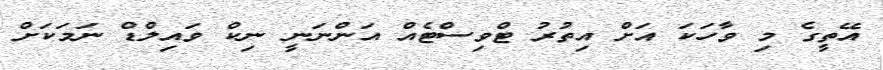
އޭތީގެ މި ވާހަކަ އަށް އިތުރު ޓްވިސްޓެއް އަންނަނީ ނިކް ވައިލްޑް ނަމަކަށް